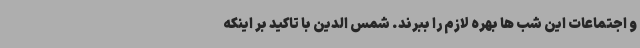
و اجتماعات این شب ها بهره لازم را ببرند. شمس الدین با تاکید بر اینکه